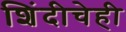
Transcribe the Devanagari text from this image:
शिंदीचेही